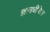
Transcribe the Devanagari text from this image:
ज्ञानाधीष्ठित